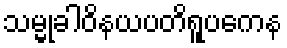
သမ္မုခါဝိနယပတိရူပကေန